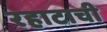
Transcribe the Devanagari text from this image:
रहाटाची